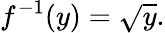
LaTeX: f^{-1}(y)={\sqrt{y}}.